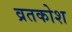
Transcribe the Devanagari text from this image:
व्रतकोश